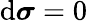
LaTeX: \mathrm{d}{\boldsymbol{\sigma}}=0